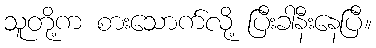
သူတို့က စားသောက်လို့ ပြီးခါနီးနေပြီ။